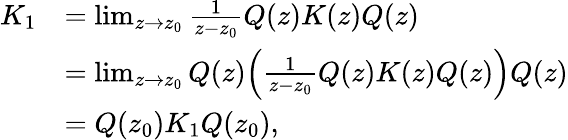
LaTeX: \begin{array}{rl}{K_{1}}&{=\operatorname*{lim}_{z\rightarrow z_{0}}\frac{1}{z-z_{0}}Q(z)K(z)Q(z)}\\ &{=\operatorname*{lim}_{z\rightarrow z_{0}}Q(z)\Big(\frac{1}{z-z_{0}}Q(z)K(z)Q(z)\Big)Q(z)}\\ &{=Q(z_{0})K_{1}Q(z_{0}),}\end{array}